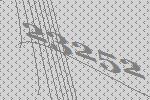
23252